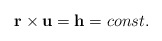
\begin{align*}\mathbf{r}\times \mathbf{u}=\mathbf{h}=const. \end{align*}